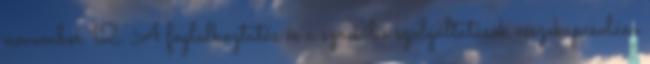
november 12. A foglalkoztatás és a szociális szolgáltatások összekapcsolása